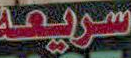
سريعة